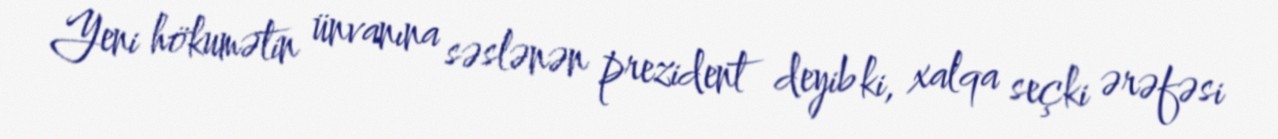
Yeni hökumətin ünvanına səslənən prezident deyib ki, xalqa seçki ərəfəsi